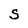
Character: S